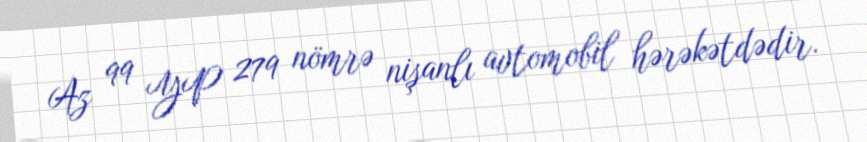
Az 99 YP 279 nömrə nişanlı avtomobil hərəkətdədir.